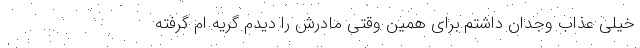
خیلی عذاب وجدان داشتم.برای همین وقتی مادرش را دیدم گریه ام گرفته